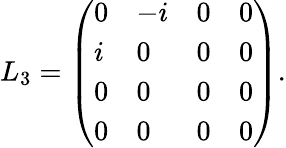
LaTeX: L_{3}=\left(\begin{array}{llll}{{0}}&{{-i}}&{{0}}&{{0}}\\ {{i}}&{{0}}&{{0}}&{{0}}\\ {{0}}&{{0}}&{{0}}&{{0}}\\ {{0}}&{{0}}&{{0}}&{{0}}\end{array}\right).